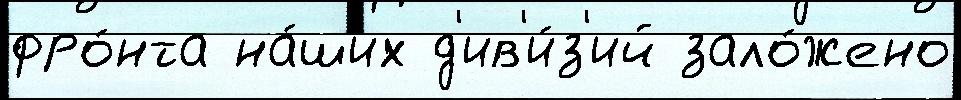
фро́нта на́ших д'ив'и́з'ий зало́жено